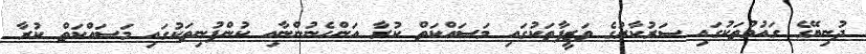
ދުނިޔޭގެ ގައުމުތަކުގައި ސަރުކާރުގެ ވަޒީފާތަކުގައި މަސައްކަތް ކުރާ އަންހެނުންނާއި ކުންފުނިތަކުގައި މަސައްކަތް ކުރާ